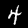
Label: 4